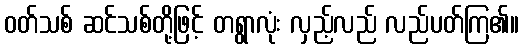
ဝတ်သစ် ဆင်သစ်တို့ဖြင့် တရွာလုံး လှည့်လည် လည်ပတ်ကြ၏။